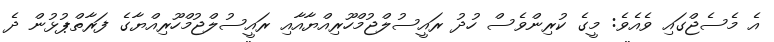
އެ މެސެޖްގައި ވެއެވެ: މީގެ ކުރިންވެސް ހުދު ރައީސުލްޖުމްހޫރިއްޔާއާއި ރައީސުލްޖުމްހޫރިއްޔާގެ ފަރާތްޕުޅުން ދެ